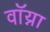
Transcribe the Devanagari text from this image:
वॉय्ना